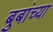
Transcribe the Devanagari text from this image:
बुबांच्या